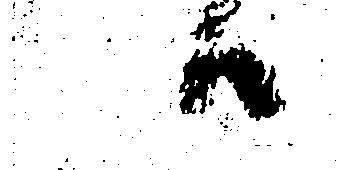
ハ